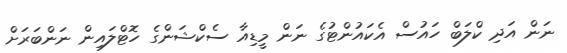
ނަން އަދި ކްލަބް ހައުސް އެކައުންޓުގެ ނަން މީޑިއާ ސެކްޝަންގެ ހޮޓްލައިން ނަންބަރަށް